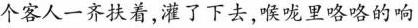
个客人一齐扶着，灌了下去，喉咙里咯咯的响